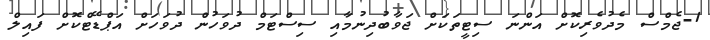
1-ޖެމްސް މެދުވެރިކޮށް އަންނަ ސިޓީތަކަށް ޖަވާބުދިނުމާއި ސިސްޓަމް ދުވަހުން ދުވަހަށް އަޕްޑޭޓްކޮށް ފައިލް